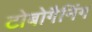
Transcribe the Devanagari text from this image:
टोबोगैनिंग